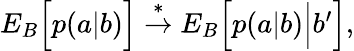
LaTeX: \begin{array}{r}{{E}_{B}\Big[p(a|b)\Big]\stackrel{*}{\rightarrow}{E}_{B}\Big[p(a|b)\Big|b^{\prime}\Big],}\end{array}